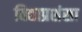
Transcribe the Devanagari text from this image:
विद्याप्रशंसा